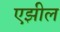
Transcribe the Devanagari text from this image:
एझील